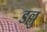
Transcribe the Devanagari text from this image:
डल्लु